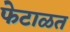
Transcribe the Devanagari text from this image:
फेटाळत